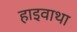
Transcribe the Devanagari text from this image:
हाइवाथा